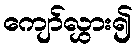
ကျော်လွှား၍